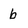
Character: b